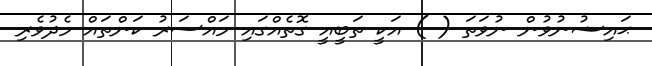
ޙައިޟުނުވުން ނުވަތަ ( ) އަކީ ތަބީއީ ގޮތެއްގައި މައްސަރު ކަންތައް މެދުވެރި